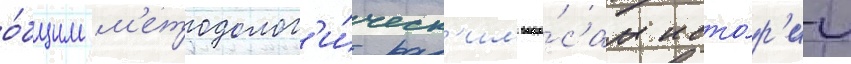
о́бщим м'етодолог'и́ческ'им вопро́сам исто́р'ии